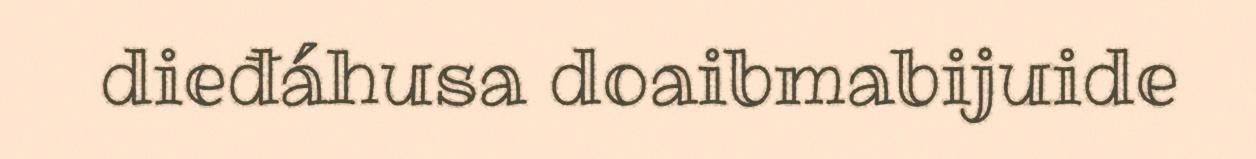
dieđáhusa doaibmabijuide